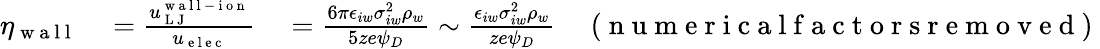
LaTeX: \begin{array}{rl}{\eta_{\mathrm{~w~a~l~l~}}}&{{}=\frac{u_{\mathrm{~L~J~}}^{\mathrm{~w~a~l~l~-~i~o~n~}}}{u_{\mathrm{~e~l~e~c~}}}\quad=\frac{6\pi\epsilon_{iw}\sigma_{iw}^{2}\rho_{w}}{5ze\psi_{D}}\sim\frac{\epsilon_{iw}\sigma_{iw}^{2}\rho_{w}}{ze\psi_{D}}\quad\mathrm{~(~n~u~m~e~r~i~c~a~l~f~a~c~t~o~r~s~r~e~m~o~v~e~d~)~}}\end{array}